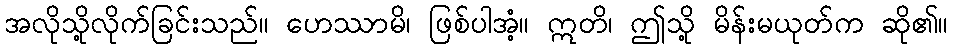
အလိုသို့လိုက်ခြင်းသည်။ ဟေဿာမိ၊ ဖြစ်ပါအံ့။ ဣတိ၊ ဤသို့ မိန်းမယုတ်က ဆို၏။